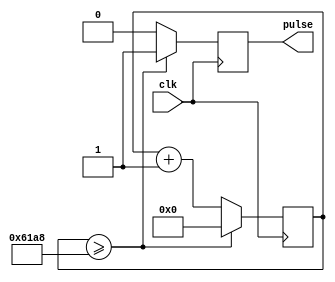
module pulse_generator(
    input clk,
    output reg pulse
);

reg [31:0] count;
reg [31:0] period = 25000; // desired pulse period in clock cycles

always @(posedge clk) begin
    count <= count + 1;
    if(count >= period) begin
        pulse <= 1;
        count <= 0;
    end else begin
        pulse <= 0;
    end
end

endmodule